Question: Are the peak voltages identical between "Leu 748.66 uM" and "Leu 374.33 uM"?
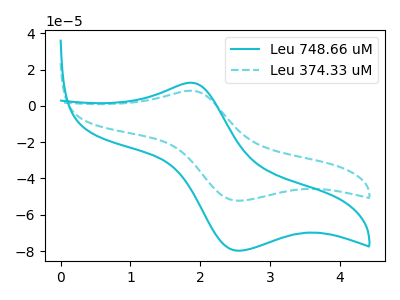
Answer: <think>The cyan curve "Leu 748.66 uM" has an anodic peak at (1.85V, 12.75uA) and a cathodic peak at (2.55V, -79.85uA). The cyan dashed curve "Leu 374.33 uM" has an anodic peak at (1.85V, 8.35uA) and a cathodic peak at (2.55V, -52.30uA).</think>
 <answer>Yes, "Leu 748.66 uM" have a peak in "Leu 374.33 uM" at the same potential.</answer>
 <eval>match</eval>